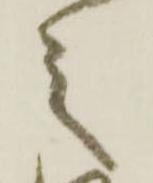
之